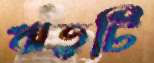
ঋতুটি